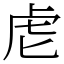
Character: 䖈